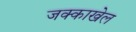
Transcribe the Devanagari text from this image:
जक्काखेल